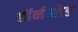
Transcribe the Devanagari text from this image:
हॉर्नब्लेड